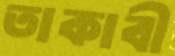
তাকাবী